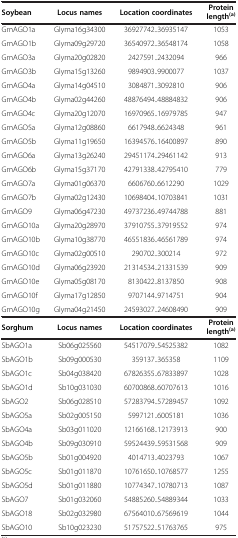
<table><thead><tr><td><b>Soybean</b></td><td><b>Locus names</b></td><td><b>Location coordinates</b></td><td><b>Protein length<sup>(a)</sup></b></td></tr></thead><tbody><tr><td>GmAGO1a</td><td>Glyma16g34300</td><td>36927742..36935147</td><td>1053</td></tr><tr><td>GmAGO1b</td><td>Glyma09g29720</td><td>36540972..36548174</td><td>1058</td></tr><tr><td>GmAGO3a</td><td>Glyma20g02820</td><td>2427591..2432094</td><td>966</td></tr><tr><td>GmAGO3b</td><td>Glyma15g13260</td><td>9894903..9900077</td><td>1037</td></tr><tr><td>GmAGO4a</td><td>Glyma14g04510</td><td>3084871..3092810</td><td>906</td></tr><tr><td>GmAGO4b</td><td>Glyma02g44260</td><td>48876494..48884832</td><td>906</td></tr><tr><td>GmAGO4c</td><td>Glyma20g12070</td><td>16970965..16979785</td><td>947</td></tr><tr><td>GmAGO5a</td><td>Glyma12g08860</td><td>6617948..6624348</td><td>961</td></tr><tr><td>GmAGO5b</td><td>Glyma11g19650</td><td>16394576..16400897</td><td>890</td></tr><tr><td>GmAGO6a</td><td>Glyma13g26240</td><td>29451174..29461142</td><td>913</td></tr><tr><td>GmAGO6b</td><td>Glyma15g37170</td><td>42791338..42795410</td><td>779</td></tr><tr><td>GmAGO7a</td><td>Glyma01g06370</td><td>6606760..6612290</td><td>1029</td></tr><tr><td>GmAGO7b</td><td>Glyma02g12430</td><td>10698404..10703841</td><td>1031</td></tr><tr><td>GmAGO9</td><td>Glyma06g47230</td><td>49737236..49744788</td><td>881</td></tr><tr><td>GmAGO10a</td><td>Glyma20g28970</td><td>37910755..37919552</td><td>974</td></tr><tr><td>GmAGO10b</td><td>Glyma10g38770</td><td>46551836..46561789</td><td>974</td></tr><tr><td>GmAGO10c</td><td>Glyma02g00510</td><td>290702..300214</td><td>972</td></tr><tr><td>GmAGO10d</td><td>Glyma06g23920</td><td>21314534..21331539</td><td>909</td></tr><tr><td>GmAGO10e</td><td>Glyma05g08170</td><td>8130422..8137850</td><td>908</td></tr><tr><td>GmAGO10f</td><td>Glyma17g12850</td><td>9707144..9714751</td><td>904</td></tr><tr><td>GmAGO10g</td><td>Glyma04g21450</td><td>24593027..24608490</td><td>909</td></tr><tr><td><b>Sorghum</b></td><td><b>Locus names</b></td><td><b>Location coordinates</b></td><td><b>Protein length</b><sup><b>(a)</b></sup></td></tr><tr><td>SbAGO1a</td><td>Sb06g025560</td><td>54517079..54525382</td><td>1082</td></tr><tr><td>SbAGO1b</td><td>Sb09g000530</td><td>359137..365358</td><td>1109</td></tr><tr><td>SbAGO1c</td><td>Sb04g038420</td><td>67826355..67833897</td><td>1028</td></tr><tr><td>SbAGO1d</td><td>Sb10g031030</td><td>60700868..60707613</td><td>1016</td></tr><tr><td>SbAGO2</td><td>Sb06g028510</td><td>57283794..57289457</td><td>1092</td></tr><tr><td>SbAGO5a</td><td>Sb02g005150</td><td>5997121..6005181</td><td>1036</td></tr><tr><td>SbAGO4a</td><td>Sb03g011020</td><td>12166168..12173913</td><td>900</td></tr><tr><td>SbAGO4b</td><td>Sb09g030910</td><td>59524439..59531568</td><td>909</td></tr><tr><td>SbAGO5b</td><td>Sb01g004920</td><td>4014713..4023793</td><td>1067</td></tr><tr><td>SbAGO5c</td><td>Sb01g011870</td><td>10761650..10768577</td><td>1255</td></tr><tr><td>SbAGO5d</td><td>Sb01g011880</td><td>10774347..10780713</td><td>1087</td></tr><tr><td>SbAGO7</td><td>Sb01g032060</td><td>54885260..54889344</td><td>1033</td></tr><tr><td>SbAGO18</td><td>Sb02g032980</td><td>67564010..67569619</td><td>1044</td></tr><tr><td>SbAGO10</td><td>Sb10g023230</td><td>51757522..51763765</td><td>975</td></tr></tbody></table>